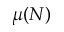
\mu ( N )